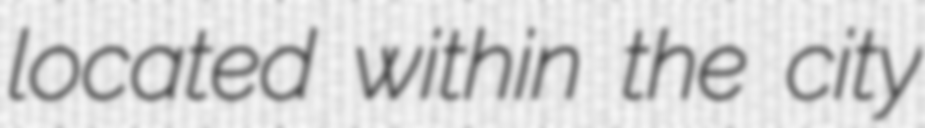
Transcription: located within the city